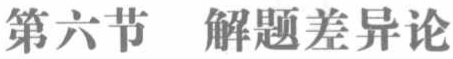
第六节  解题差异论